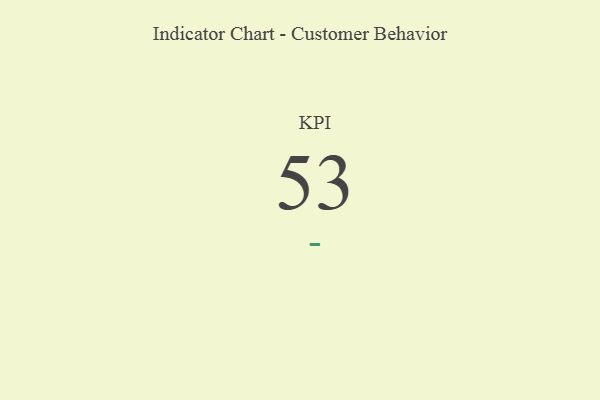
{"axis": {"x": "KPI", "y": "Value"}, "legend": [""], "data": [{"x": "KPI", "y": 53, "type": ""}]}